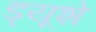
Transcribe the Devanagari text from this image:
ड्यूशे